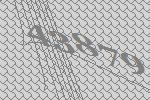
43879